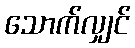
သောက်လျှင်